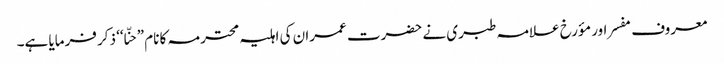
معروف مفسر اور مؤرخ علامہ طبری نے حضرت عمران کی اہلیہ محترمہ کا نام ”حنّا‘‘ ذکر فرمایا ہے۔